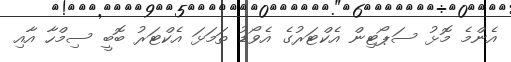
އެންމެ މޮޅު ސަޕޯޓިން އެކްޓަރުގެ އެވޯޑު ތަމަޅަ އެކްޓަރު ބޮބީ ސިމްހާ އާއި